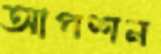
আপশন